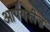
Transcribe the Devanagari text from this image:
आपयरुीज़